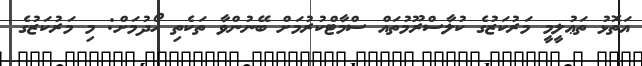
އަތޮޅު ތަޢުލީމީ މަރުކަޒުގެ ކުލާސްރޫމުތައް ސްމާޓްކުރުމަށް ބޭނުންވާ ތަކެތި ހޯދުމަށް: މި މަރުކަޒުގެ